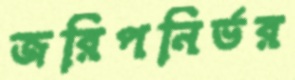
জরিপনির্ভর